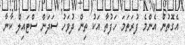
އެގޮތުން އެންމެ ފުރަތަމަ ހަފުތާ އަކު ތިން ދުވަހު ސަދަން ސްޓައިލް ކާނާ